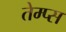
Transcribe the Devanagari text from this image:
तेम्प्स